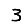
Digit: 3